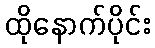
ထိုနောက်ပိုင်း